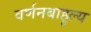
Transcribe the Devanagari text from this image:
वर्णनबाहुल्य